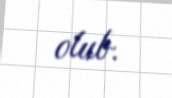
olub.